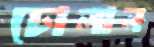
ঢোলান